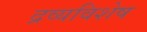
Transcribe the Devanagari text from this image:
द्रव्यविशेष